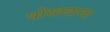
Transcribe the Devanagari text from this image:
पोस्तदाना